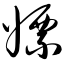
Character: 嫖